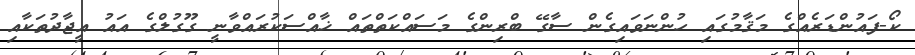
ކޯ-ފައުންޑަރެއްގެ މަޤާމުގައި ހުންނަވައިގެން ސާގޭ ބްރިންގެ މަސައްކަތްތައް ޚާއްސަކުރައްވާނީ ގޫގުލްގެ އައު އީޖާދުތަކާއި